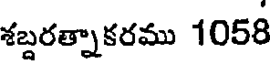
శబ్దరత్నాకరము 1058